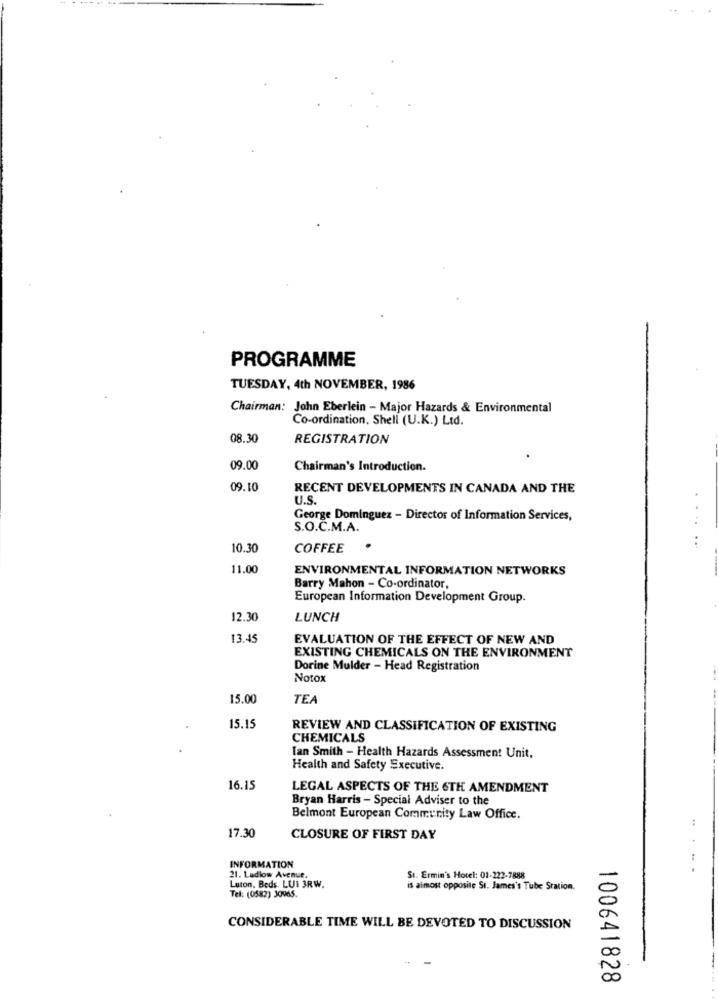
PROGRAMME
TUESDAY, 4th NOVEMBER, 1986
Chairman: John Eberlein - Major Hazards & Environmental
Co-ordination. Shell (U.K.) Ltd.
08.30
REGISTRATION
09.00
Chairman's Introduction.
09.10
RECENT DEVELOPMENTS IN CANADA AND THE
U.S
George Dominguez - Director of Information Services,
S.O.C.M.A.
..
10.30
COFFEE
11.00
ENVIRONMENTAL INFORMATION NETWORKS
Barry Mahon - Co-ordinator,
European Information Development Group.
12.30
LUNCH
13.45
EVALUATION OF THE EFFECT OF NEW AND
EXISTING CHEMICALS ON THE ENVIRONMENT
Dorine Mulder - Head Registration
Notox
15.00
TEA
15.15
REVIEW AND CLASSIFICATION OF EXISTING
CHEMICALS
Ian Smith - Health Hazards Assessment Unit,
Health and Safety Executive.
16.15
LEGAL ASPECTS OF THE 6TH AMENDMENT
Bryan Harris - Special Adviser to the
Belmont European Community Law Office.
17.30
CLOSURE OF FIRST DAY
INFORMATION
. .
21. Ladlow Avenue.
Sı. Ermin's Hotel: 01-222-7888
Luton. Beds. LUI 3RW.
Tel: (0582) 30965.
is almost opposite St. James's Tube Station.
CONSIDERABLE TIME WILL BE DEVOTED TO DISCUSSION
100641828